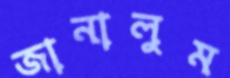
জানালুম